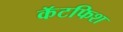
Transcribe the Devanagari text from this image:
कॅटफिश